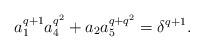
LaTeX: \begin{align*}a_1^{q+1}a_4^{q^2}+a_2a_5^{q+q^2}=\delta^{q+1}.\end{align*}